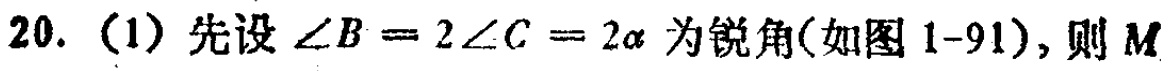
20. (1) 先设\(\angle B = 2\angle C = 2\alpha\)为锐角(如图1-91), 则\(M\)